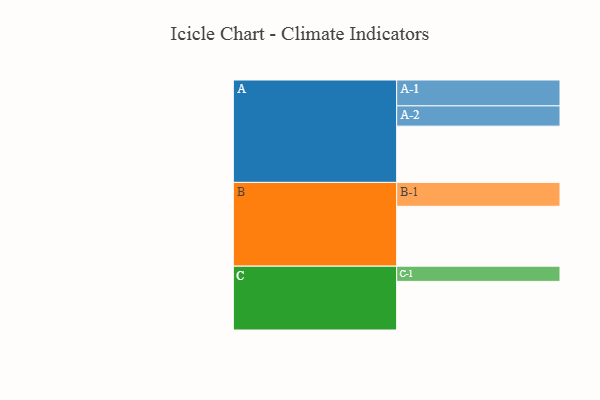
{"axis": {"x": "Segment", "y": "Value"}, "legend": ["", "A", "B", "C"], "data": [{"x": "A", "y": 544, "type": ""}, {"x": "B", "y": 579, "type": ""}, {"x": "C", "y": 470, "type": ""}, {"x": "A-1", "y": 250, "type": "A"}, {"x": "A-2", "y": 196, "type": "A"}, {"x": "B-1", "y": 231, "type": "B"}, {"x": "C-1", "y": 147, "type": "C"}]}